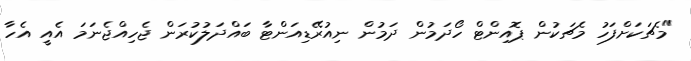
"މެޗަކަށްފަހު މެޗަކުން ޕޮއިންޓް ހޯދަމުން ދަމުން ނިއުރޭޑިއަންޓާ ބައްދަލުކުރަން ޖެހިއްޖެނަމަ އެއީ އެހާ